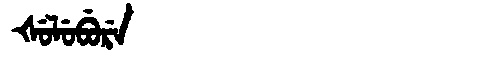
Manchu: ᡧᡠᠯᡠᠪᡠᡵᡝ
Romanization: ŠULUBURE